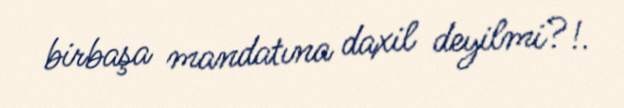
birbaşa mandatına daxil deyilmi?!.